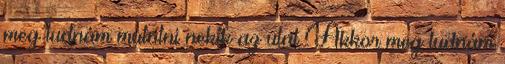
meg tudnám mutatni nekik az utat Akkor meg tudnám